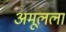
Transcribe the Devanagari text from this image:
अमूलला